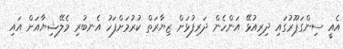
އެއީ ސިންގަޕޫރުގައި ދިރިއުޅޭ އަންހެން ދަރިފުޅަށް ޒިޔާރަތް ކުރުމަށްފަހު އެނބުރި މެލޭޝިޔާއަށް އައި